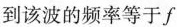
到该波的频率等于f